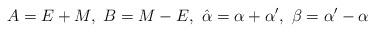
LaTeX: \begin{align*}A=E+{M},\ B={M}-E,\ \hat \alpha =\alpha +\alpha ^{\prime},\ \beta =\alpha ^{\prime }-\alpha\end{align*}